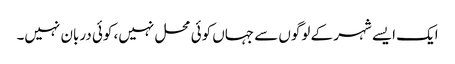
ایک ایسے شہر کے لوگوں سے جہاں کوئی محل نہیں، کوئی دربان نہیں۔